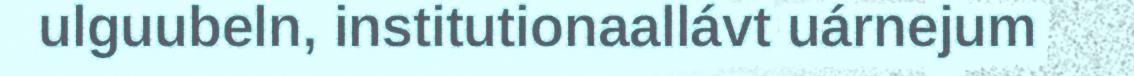
ulguubeln, institutionaallávt uárnejum